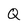
Character: Q